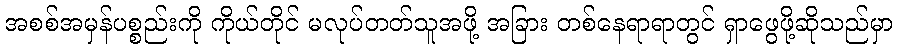
အစစ်အမှန်ပစ္စည်းကို ကိုယ်တိုင် မလုပ်တတ်သူအဖို့ အခြား တစ်နေရာရာတွင် ရှာဖွေဖို့ဆိုသည်မှာ